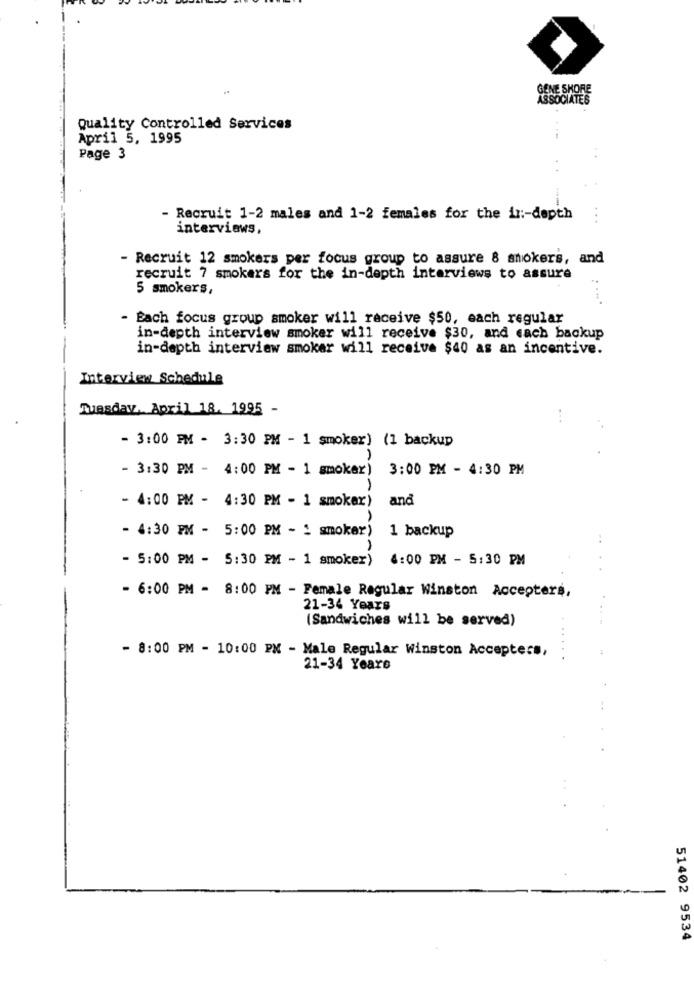
GENE SHORE
ASSOCIATES
Quality Controlled Services
April 5, 1995
Page 3
- Recruit 1-2 males and 1-2 females for the ir :- depth
...
interviews,
- Recruit 12 smokers per focus group to assure 8 smokers, and
recruit 7 smokers for the in-depth interviews to assure
5 smokers,
- Each focus group smoker will receive $50, each regular
in-depth interview smoker will receive $30, and cach backup
in-depth interview smoker will receive $40 as an incentive.
Interview Schedule
Tuesday, April 18. 1995 -
- 3:00 PM - 3:30 PM - 1 smoker) (1 backup
- 3:30 PM - 4:00 PM - 1 smoker) 3:00 PM - 4:30 PM
- 4:00 PM - 4:30 PM - 1 smoker)
and
- 4:30 PM - 5:00 PM - : smoker)
1 backup
- 5:00 PM - 5:30 PM - 1 smoker) 4:00 PM - 5:30 PM
- 6:00 PM - 8:00 PM - Female Regular Winston Accepters,
21-34 Years
(Sandwiches will be served)
- 8:00 PM - 10:00 PX - Male Regular Winston Accepters,
....
21-34 Years
51402 9534